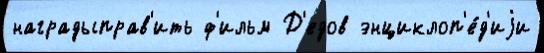
наградыправ'ить ф'ильм Д'едов энциклоп'е́д'иjи